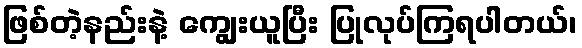
ဖြစ်တဲ့နည်းနဲ့ ကျွေးယူပြီး ပြုလုပ်ကြရပါတယ်၊